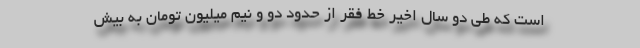
است که طی دو سال اخیر خط فقر از حدود دو و نیم میلیون تومان به بیش